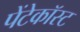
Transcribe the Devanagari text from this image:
पेंटेकॉस्ट